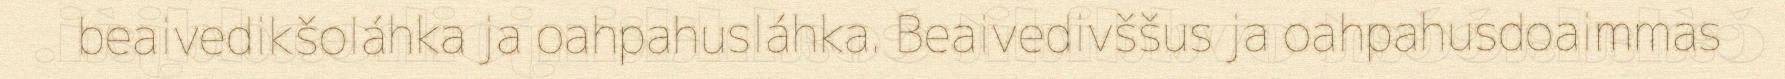
beaivedikšoláhka ja oahpahusláhka. Beaivedivššus ja oahpahusdoaimmas